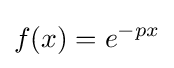
f(x)=e^{-px}